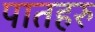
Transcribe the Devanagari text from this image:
पातहरु